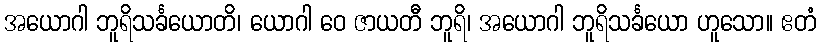
အယောဂါ ဘူရိသင်္ခယောတိ၊ ယောဂါ ဝေ ဇာယတီ ဘူရိ၊ အယောဂါ ဘူရိသင်္ခယော ဟူသော။ ဧတံ